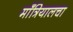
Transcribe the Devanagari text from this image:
माँत्रियालचा